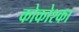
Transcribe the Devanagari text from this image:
कोकोश्का